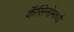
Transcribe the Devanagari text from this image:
कॅसिनोमध्ये